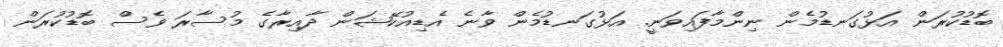
ބޮޑުކުރަން އަޅުގަނޑުމެން ނިންމާފައިވަނީ. އަޅުގަނޑުމެން ވާނެ އެޑިއުކޭޝަން ދާއިރާގެ މުސާރަ ވެސް ބޮޑުކުރަން